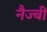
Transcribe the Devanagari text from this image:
नैज्बी